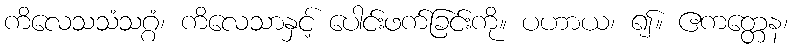
ကိလေသသံသဂ္ဂံ၊ ကိလေသာနှင့် ပေါင်းဖက်ခြင်းကို။ ပဟာယ၊ ၍။ ဧကတ္တေန၊